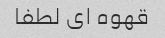
قهوه ای لطفا